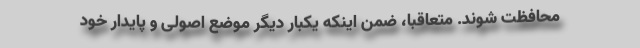
محافظت شوند. متعاقباً، ضمن اینکه یکبار دیگر موضع اصولی و پایدار خود